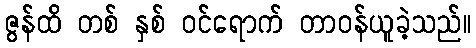
ဇွန်ထိ တစ် နှစ် ဝင်ရောက် တာဝန်ယူခဲ့သည်။